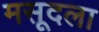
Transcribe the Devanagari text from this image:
मसूदला